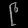
Digit: ၉